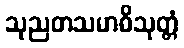
သုညတသမာဓိသုတ္တံ